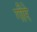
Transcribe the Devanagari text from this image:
गीरे